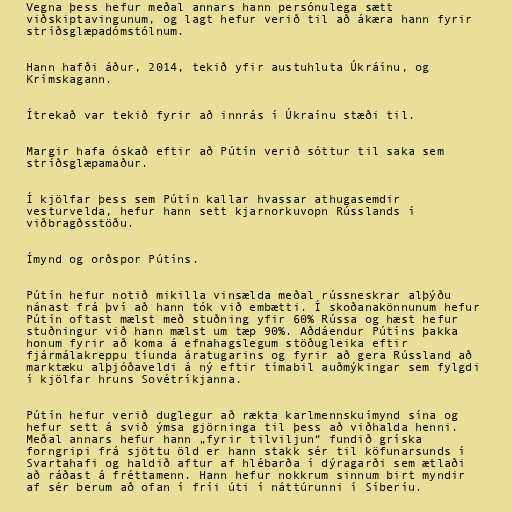
Vegna þess hefur meðal annars hann persónulega sætt
viðskiptavingunum, og lagt hefur verið til að ákæra hann fyrir
stríðsglæpadómstólnum.

Hann hafði áður, 2014, tekið yfir austuhluta Úkráínu, og
Krímskagann.

Ítrekað var tekið fyrir að innrás í Úkraínu stæði til.

Margir hafa óskað eftir að Pútín verið sóttur til saka sem
stríðsglæpamaður.

Í kjölfar þess sem Pútín kallar hvassar athugasemdir
vesturvelda, hefur hann sett kjarnorkuvopn Rússlands í
viðbragðsstöðu.

Ímynd og orðspor Pútíns.

Pútín hefur notið mikilla vinsælda meðal rússneskrar alþýðu
nánast frá því að hann tók við embætti. Í skoðanakönnunum hefur
Pútín oftast mælst með stuðning yfir 60% Rússa og hæst hefur
stuðningur við hann mælst um tæp 90%. Aðdáendur Pútíns þakka
honum fyrir að koma á efnahagslegum stöðugleika eftir
fjármálakreppu tíunda áratugarins og fyrir að gera Rússland að
marktæku alþjóðaveldi á ný eftir tímabil auðmýkingar sem fylgdi
í kjölfar hruns Sovétríkjanna.

Pútín hefur verið duglegur að rækta karlmennskuímynd sína og
hefur sett á svið ýmsa gjörninga til þess að viðhalda henni.
Meðal annars hefur hann „fyrir tilviljun“ fundið gríska
forngripi frá sjöttu öld er hann stakk sér til köfunarsunds í
Svartahafi og haldið aftur af hlébarða í dýragarði sem ætlaði
að ráðast á fréttamenn. Hann hefur nokkrum sinnum birt myndir
af sér berum að ofan í fríi úti í náttúrunni í Síberíu.